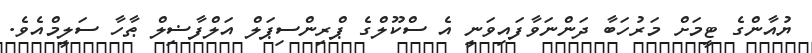
ޔުއާންގެ ޓީމަށް މަރުހަބާ ދަންނަވާފައިވަނީ އެ ސްކޫލްގެ ޕްރިންސިޕަލް އަލްފާޟިލް ޠާހާ ސަލީމްއެވެ.